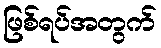
ဖြစ်ရပ်အတွက်